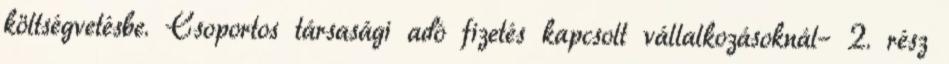
költségvetésbe. Csoportos társasági adó fizetés kapcsolt vállalkozásoknál– 2. rész